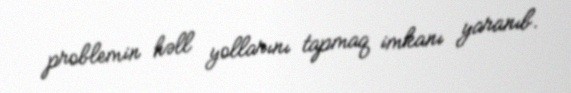
problemin həll yollarını tapmaq imkanı yaranıb.